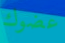
عضوك